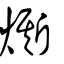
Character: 燍